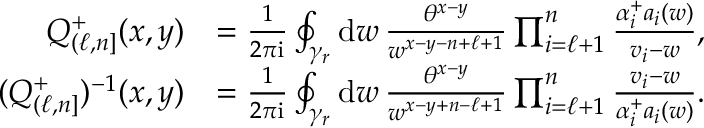
\begin{array} { r l } { Q _ { ( \ell , n ] } ^ { + } ( x , y ) } & { = \frac { 1 } { 2 \pi \mathrm { i } } \oint _ { \gamma _ { r } } \mathrm { d } w \, \frac { \theta ^ { x - y } } { w ^ { x - y - n + \ell + 1 } } \prod _ { i = \ell + 1 } ^ { n } \frac { \alpha _ { i } ^ { + } a _ { i } ( w ) } { v _ { i } - w } , } \\ { ( Q _ { ( \ell , n ] } ^ { + } ) ^ { - 1 } ( x , y ) } & { = \frac { 1 } { 2 \pi \mathrm { i } } \oint _ { \gamma _ { r } } \mathrm { d } w \, \frac { \theta ^ { x - y } } { w ^ { x - y + n - \ell + 1 } } \prod _ { i = \ell + 1 } ^ { n } \frac { v _ { i } - w } { \alpha _ { i } ^ { + } a _ { i } ( w ) } . } \end{array}